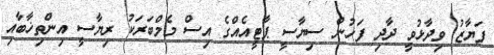
ފަޔާޒު ވިދާޅުވީ ދާދި ފަހުން ސިޔާސީ ޕާޓީއެއްގެ އިސް މެމްބަރަކު ރިޔާސީ އިންތިޚާބާއި